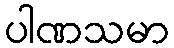
ပါဏသမာ